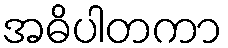
အဓိပါတကာ